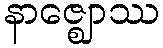
နာဇ္ဈောဿ